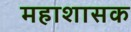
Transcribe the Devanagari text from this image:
महाशासक